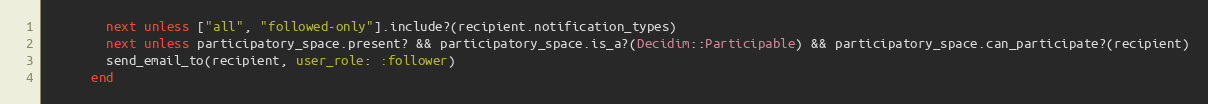
Language: Ruby
        next unless ["all", "followed-only"].include?(recipient.notification_types)
        next unless participatory_space.present? && participatory_space.is_a?(Decidim::Participable) && participatory_space.can_participate?(recipient)
        send_email_to(recipient, user_role: :follower)
      end